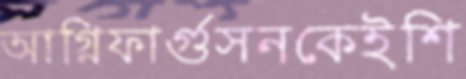
আগ্নিফার্গুসনকেইশি